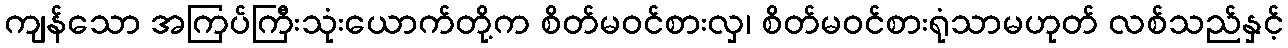
ကျန်သော အကြပ်ကြီးသုံးယောက်တို့က စိတ်မဝင်စားလှ၊ စိတ်မဝင်စားရုံသာမဟုတ် လစ်သည်နှင့်